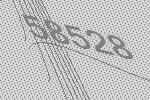
58528